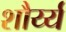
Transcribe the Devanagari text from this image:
शौर्य्य